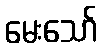
မေးသော်